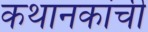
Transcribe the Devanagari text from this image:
कथानकांची